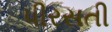
પીરસતી